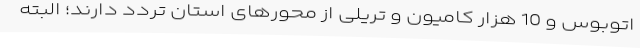
اتوبوس و 10 هزار کامیون و تریلی از محورهای استان تردد دارند؛ البته